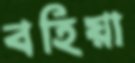
বহিয়া